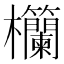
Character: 𪴧